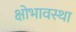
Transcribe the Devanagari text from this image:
क्षोभावस्था